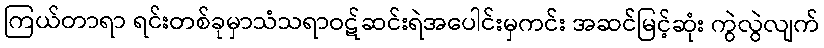
ကြယ်တာရာ ရင်းတစ်ခုမှာသံသရာဝဋ်ဆင်းရဲအပေါင်းမှကင်း အဆင်မြင့်ဆုံး ကွဲလွဲလျက်